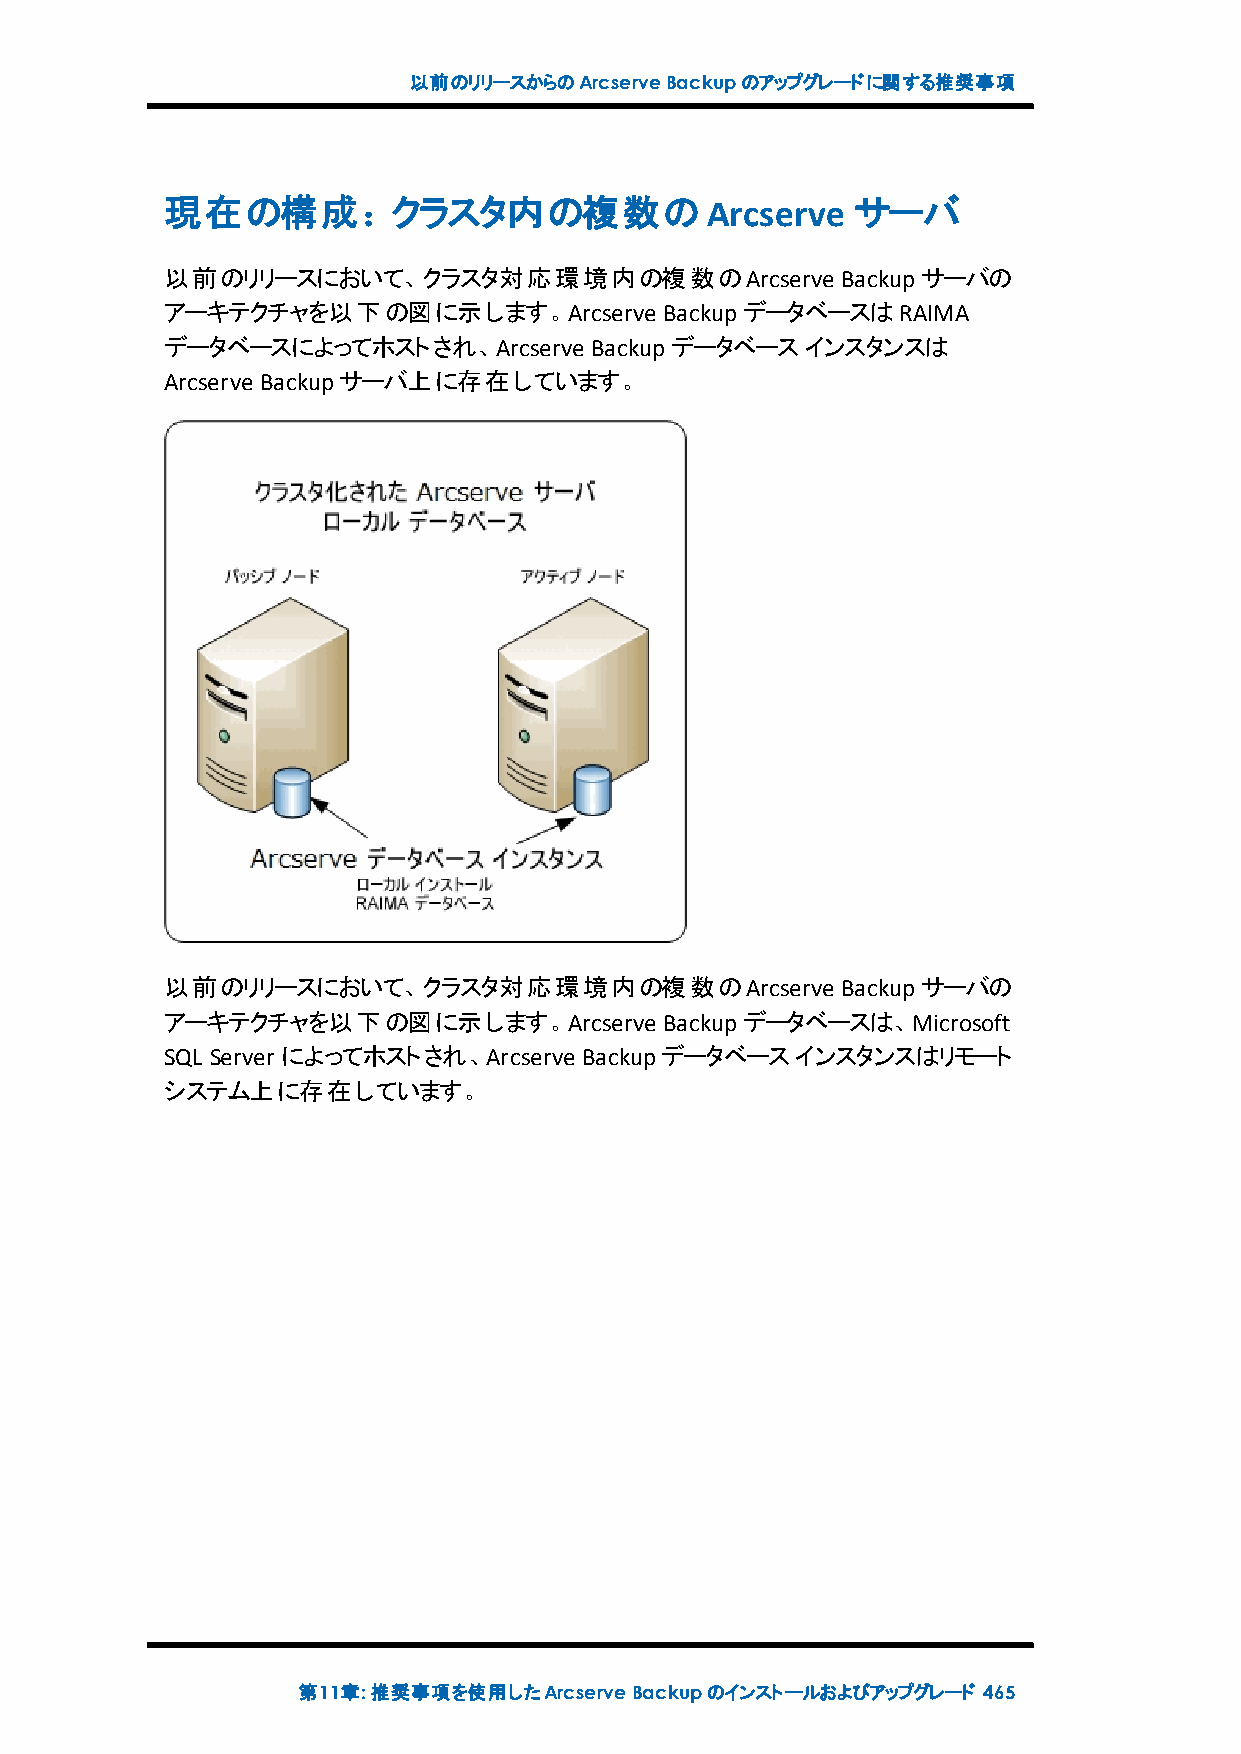
以前のリリースからのArcserveBackupのアップグレードに関する推奨事項
 現在の構成：クラスタ内の複数のArcserve                      サーバ
 以前のリリースにおいて、クラスタ対応環境内の複数のArcserve            Backupサーバの
 アーキテクチャを以下の図に示します。Arcserve       BackupデータベースはRAIMA
 データベースによってホストされ、Arcserve    Backupデータベースインスタンスは
 Arcserve Backupサーバ上に存在しています。
 以前のリリースにおいて、クラスタ対応環境内の複数のArcserve            Backupサーバの
 アーキテクチャを以下の図に示します。Arcserve       Backupデータベースは、Microsoft
 SQL Server によってホストされ、Arcserve Backupデータベースインスタンスはリモート
 システム上に存在しています。
 第11章:推奨事項を使用したArcserveBackupのインストールおよびアップグレード 465